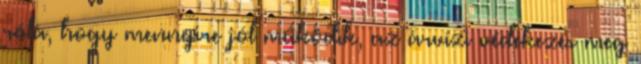
róla, hogy mennyire jól működik, az árvízi védekezés meg